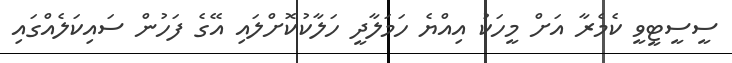
ސީސީޓީވީ ކެމެރާ އަށް މީހަކު އިއްޔެ ހަމަލާދީ ހަލާކުކޮށްލައި އޭގެ ފަހުން ސައިކަލެއްގައި